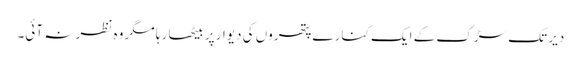
دیر تک سڑک کے ایک کنارے پتھروں کی دیوار پر بیٹھا رہا مگر وہ نظر نہ آئی۔